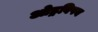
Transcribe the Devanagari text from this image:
ओड्रविषय